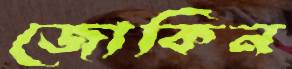
জোকিন